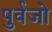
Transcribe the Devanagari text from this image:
पुर्वजो